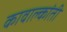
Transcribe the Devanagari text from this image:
कावाल्कांती